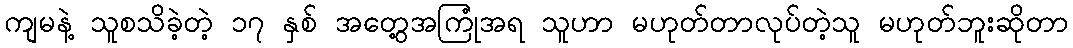
ကျမနဲ့ သူစသိခဲ့တဲ့ ၁၇ နှစ် အတွေ့အကြုံအရ သူဟာ မဟုတ်တာလုပ်တဲ့သူ မဟုတ်ဘူးဆိုတာ